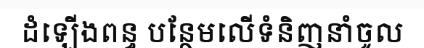
ដំឡើងពន្ធ បន្ថែមលើទំនិញនាំចូល